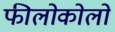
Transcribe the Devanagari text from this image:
फीलोकोलो